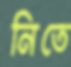
নিতে